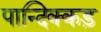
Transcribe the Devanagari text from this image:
पान्दिक्कड़